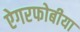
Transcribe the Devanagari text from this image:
ऐगरफोबीया